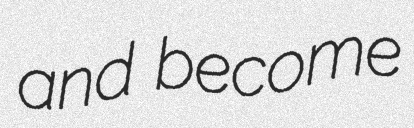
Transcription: and become